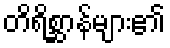
တိရိစ္ဆာန်များ၏